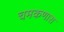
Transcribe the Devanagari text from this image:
चमकणारा